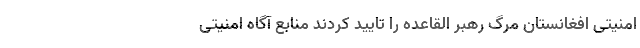
امنیتی افغانستان مرگ رهبر القاعده را تایید کردند منابع آگاه امنیتی